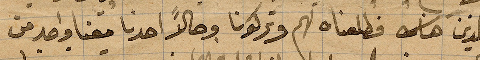
الذين هناك فطلعناه لهم وتركونا وحالًا احدنا معنا واحد من